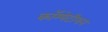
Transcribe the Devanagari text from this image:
कॉम्पेटीशन